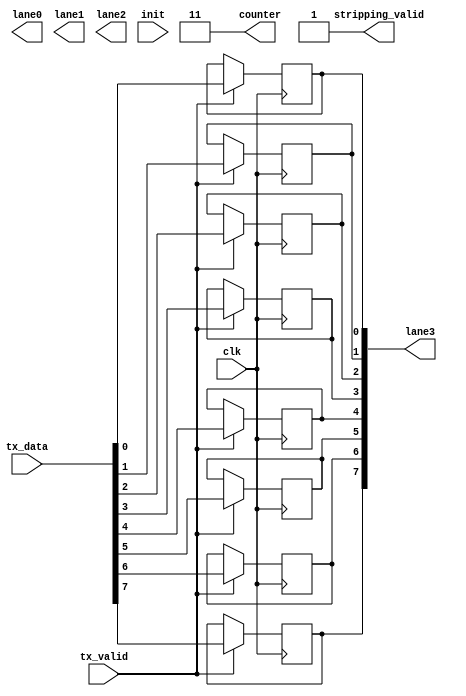
/* Generated by Yosys 0.7 (git sha1 61f6811, i686-w64-mingw32.static-gcc 4.9.3 -Os) */

(* top =  1  *)
(* src = "Byte_Striping.v:1" *)
module Byte_Striping(tx_data, tx_valid, clk, lane0, lane1, lane2, lane3, stripping_valid, counter, init);
  (* src = "Byte_Striping.v:22" *)
  wire [7:0] _00_;
  (* src = "Byte_Striping.v:5" *)
  input clk;
  (* src = "Byte_Striping.v:13" *)
  output [1:0] counter;
  (* src = "Byte_Striping.v:14" *)
  input init;
  (* src = "Byte_Striping.v:7" *)
  output [7:0] lane0;
  (* src = "Byte_Striping.v:8" *)
  output [7:0] lane1;
  (* src = "Byte_Striping.v:9" *)
  output [7:0] lane2;
  (* src = "Byte_Striping.v:10" *)
  output [7:0] lane3;
  reg [7:0] lane3;
  (* src = "Byte_Striping.v:11" *)
  output stripping_valid;
  (* src = "Byte_Striping.v:3" *)
  input [7:0] tx_data;
  (* src = "Byte_Striping.v:4" *)
  input tx_valid;
  assign _00_[0] = tx_valid ? (* src = "Byte_Striping.v:44" *) tx_data[0] : lane3[0];
  assign _00_[1] = tx_valid ? (* src = "Byte_Striping.v:44" *) tx_data[1] : lane3[1];
  assign _00_[2] = tx_valid ? (* src = "Byte_Striping.v:44" *) tx_data[2] : lane3[2];
  assign _00_[3] = tx_valid ? (* src = "Byte_Striping.v:44" *) tx_data[3] : lane3[3];
  assign _00_[4] = tx_valid ? (* src = "Byte_Striping.v:44" *) tx_data[4] : lane3[4];
  assign _00_[5] = tx_valid ? (* src = "Byte_Striping.v:44" *) tx_data[5] : lane3[5];
  assign _00_[6] = tx_valid ? (* src = "Byte_Striping.v:44" *) tx_data[6] : lane3[6];
  assign _00_[7] = tx_valid ? (* src = "Byte_Striping.v:44" *) tx_data[7] : lane3[7];
  (* src = "Byte_Striping.v:22" *)
  always @(posedge clk)
      lane3[0] <= _00_[0];
  (* src = "Byte_Striping.v:22" *)
  always @(posedge clk)
      lane3[1] <= _00_[1];
  (* src = "Byte_Striping.v:22" *)
  always @(posedge clk)
      lane3[2] <= _00_[2];
  (* src = "Byte_Striping.v:22" *)
  always @(posedge clk)
      lane3[3] <= _00_[3];
  (* src = "Byte_Striping.v:22" *)
  always @(posedge clk)
      lane3[4] <= _00_[4];
  (* src = "Byte_Striping.v:22" *)
  always @(posedge clk)
      lane3[5] <= _00_[5];
  (* src = "Byte_Striping.v:22" *)
  always @(posedge clk)
      lane3[6] <= _00_[6];
  (* src = "Byte_Striping.v:22" *)
  always @(posedge clk)
      lane3[7] <= _00_[7];
  assign counter = 2'b11;
  assign stripping_valid = 1'b1;
endmodule